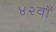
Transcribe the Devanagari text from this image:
४२वाँ